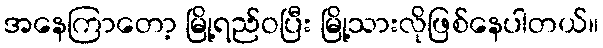
အနေကြာတော့ မြို့ရည်ဝပြီး မြို့သားလိုဖြစ်နေပါတယ်။